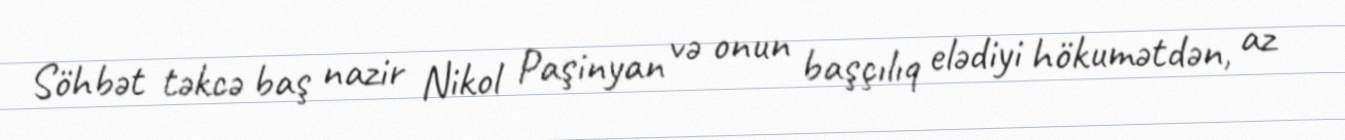
Söhbət təkcə baş nazir Nikol Paşinyan və onun başçılıq elədiyi hökumətdən, az